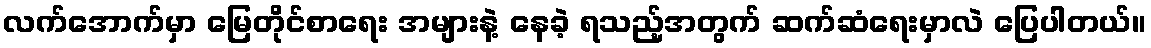
လက်အောက်မှာ မြေတိုင်စာရေး အများနဲ့ နေခဲ့ ရသည့်အတွက် ဆက်ဆံရေးမှာလဲ ပြေပါတယ်။